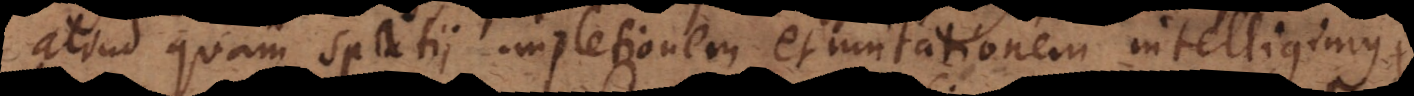
aliud quam spatii impletionem et mutationem intelligimus,